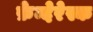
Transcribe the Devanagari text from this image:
फ़ेन्देरेस्क